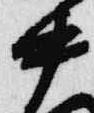
中